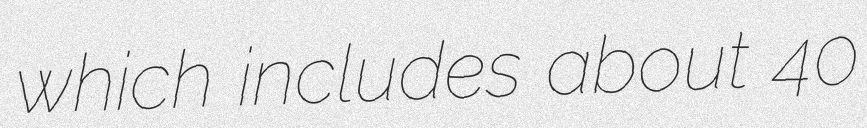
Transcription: which includes about 40